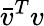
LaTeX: {\bar{v}}^{T}v